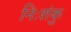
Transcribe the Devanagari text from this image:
निःशंकु